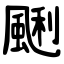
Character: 䬆